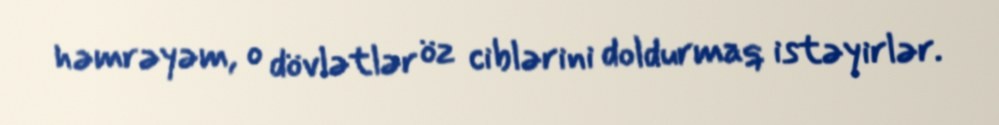
həmrəyəm, o dövlətlər öz ciblərini doldurmaq istəyirlər.